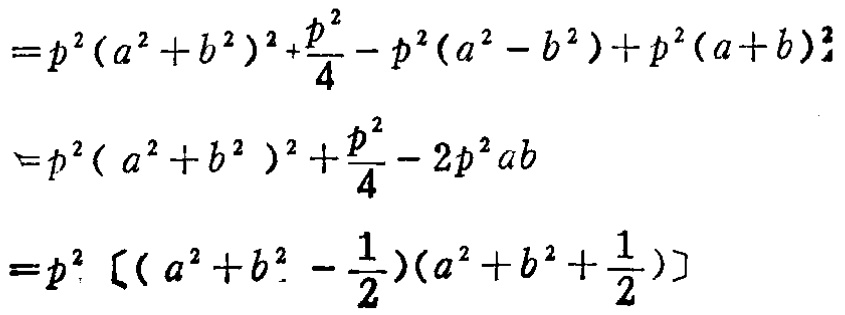
\[
\begin{align*}
&=p^{2}(a^{2}+b^{2})^{2}+\frac{p^{2}}{4}-p^{2}(a^{2}-b^{2})+p^{2}(a + b)^{2}\\
&=p^{2}(a^{2}+b^{2})^{2}+\frac{p^{2}}{4}-2p^{2}ab\\
&=p^{2}\left[\left(a^{2}+b^{2}-\frac{1}{2}\right)\left(a^{2}+b^{2}+\frac{1}{2}\right)\right]
\end{align*}
\]